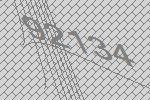
92134